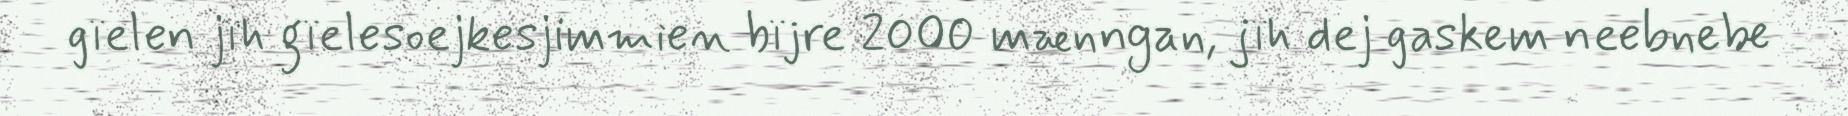
gïelen jïh gïelesoejkesjimmien bïjre 2000 mænngan, jïh dej gaskem neebnebe